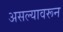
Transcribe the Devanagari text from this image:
असल्यावरून